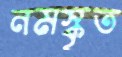
নমস্কৃত